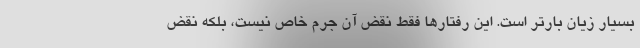
بسیار زیان بارتر است. این رفتارها فقط نقض آن جرم خاص نیست، بلکه نقض